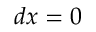
d x = 0